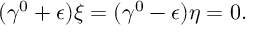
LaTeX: ( \gamma ^ { 0 } + \epsilon ) \xi = ( \gamma ^ { 0 } - \epsilon ) \eta = 0 .